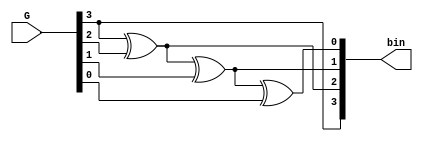
module gray2bin
        (input [3:0] G, //gray code output
         output [3:0] bin   //binary input
        );

assign bin[3] = G[3];
assign bin[2] = G[3] ^ G[2];
assign bin[1] = G[3] ^ G[2] ^ G[1];
assign bin[0] = G[3] ^ G[2] ^ G[1] ^ G[0];

endmodule

module tb();

   reg [3:0] bin;
    wire [3:0] G;
    
     gray2bin uut2(bin,G);
  
    
  initial
   begin        
   $monitor("gray=%b3 bin =%b",G,bin);
   
      bin <= 0; #10;
        bin <= 1;   #10;
        bin <= 2;   #10;
        bin <= 3;   #10;
        bin <= 4;   #10;
        bin <= 5;   #10;
        bin <= 6;   #10;
        bin <= 7;   #10;
        bin <= 8;   #10;
        bin <= 9;   #10;
        bin <= 10;  #10;
        bin <= 11;  #10;
        bin <= 12;  #10;
        bin <= 13;  #10;
        bin <= 14;  #10;
        bin <= 15;  
      
    
   end

endmodule